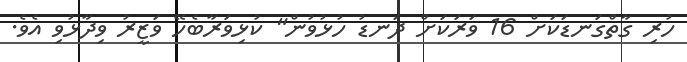
ހުރި ގާތްގަނޑަކަށް 16 ވަރަކަށް ދަނޑު ހުޅުވުން" ކުޅިވަރާބެހޭ ވަޒީރު ވިދާޅުވި އެވެ.